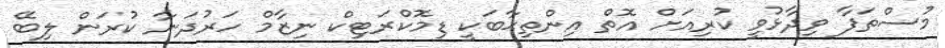
މުސްތަފާ ވިދާޅުވީ ކުރިއަށް އޮތް އިންތިޙާބަކީ ޑިމޮކްރަޓިކް ނިޒާމް ހަރުދަނާ ކުރަން ލިބޭ